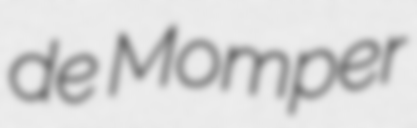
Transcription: de Momper